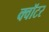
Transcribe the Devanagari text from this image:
क्वॉटर